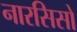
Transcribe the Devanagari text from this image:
नारसिसो